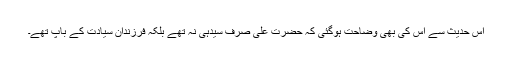
اس حدیث سے اس کی بھی وضاحت ہوگئی کہ حضرت علی صرف سیدہی نہ تھے بلکہ فرزندان سیادت کے باپ تھے۔